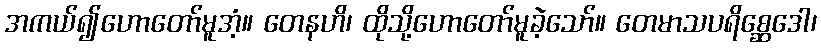
အကယ်၍ဟောတော်မူအံ့။ တေနဟိ၊ ထိုသို့ဟောတော်မူခဲ့သော်။ တေမာသပရိစ္ဆေဒေါ၊